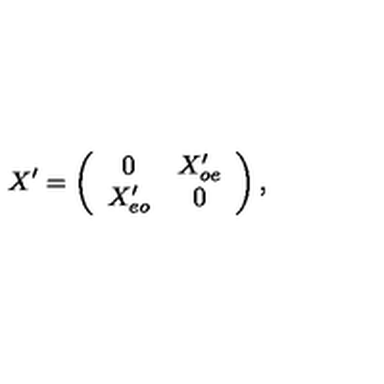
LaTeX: X ^ { \prime } = \left( \begin{array} { c c } { 0 } & { X _ { o e } ^ { \prime } } \\ { X _ { e o } ^ { \prime } } & { 0 } \\ \end{array} \right) ,